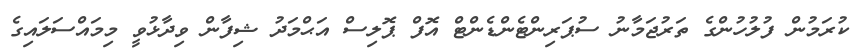
ކުރަމުން ފުލުހުންގެ ތަރުޖަމާނު ސުޕަރިންޓެންޑެންޓް އޮފް ޕޮލިސް އަޙްމަދު ޝިފާން ވިދާޅުވީ މިމައްސަލައިގެ